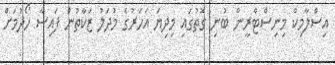
އިސްލާމިކް މިނިސްޓްރީން ބުނި ގޮތުގައި މިދިޔަ އަހަރުގެ މުދަލު ޒަކާތުން ފައިސާ ހޯދުމަށް